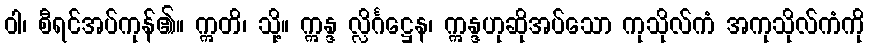
ဝါ၊ စီရင်အပ်ကုန်၏။ ဣတိ၊ သို့။ ဣန္ဒ လ္လိင်္ဂဋ္ဌေန၊ ဣန္ဒဟုဆိုအပ်သော ကုသိုလ်ကံ အကုသိုလ်ကံကို